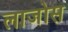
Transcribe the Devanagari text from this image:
लाजोस